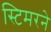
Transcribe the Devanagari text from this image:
स्टिमरने